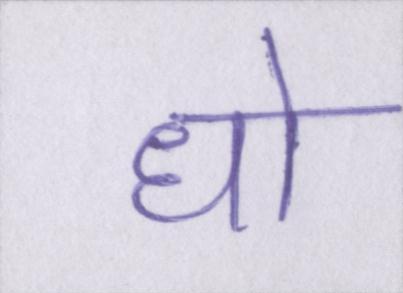
धो